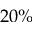
2 0 \%